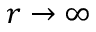
r \to \infty